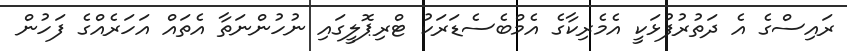
ރައިސްގެ އެ ދަތުރުފުޅަކީ އެމެރިކާގެ އެމްބެސެޑަރަކު ޓްރިޕޮލީގައި ނުހުންނަތާ އެތައް އަހަރެއްގެ ފަހުން